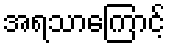
အရသာကြောင့်